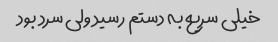
خیلی سریع به دستم رسید ولی سرد بود